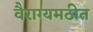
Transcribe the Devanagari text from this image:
वैराग्यमठीत